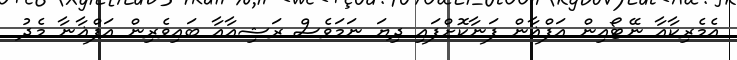
އެމެރިކާއާ ނޭޓޯއިން އަފްޣާން ފަނާކޮށްފައި ދިޔަ ނަމަވެސް ރަޝިއާއާ ބައިވެރިން އަފްޣާނާ މެދު